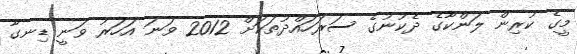
މީގެ ކުރިން ލަންކާގެ ދެކުނުގެ ސަރަހައްދުތަކަށް 2012 ވަނަ އަހަރު ވަނީ ޑިނގާ